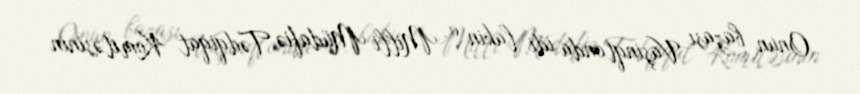
Onun bazası Vaşinqtonda idi, lakin o, Milli Müdafiə Tədqiqat Komitəsinin